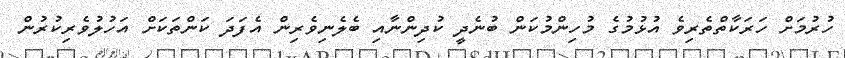
ހުރުމަށް ހަރަކާތްތެރިވެ އުޅުމުގެ މުހިންމުކަން ބުނެދީ ކުދިންނާއި ބެލެނިވެރިން އެފަދަ ކަންތަކަށް އަހުލުވެރިކުރުން